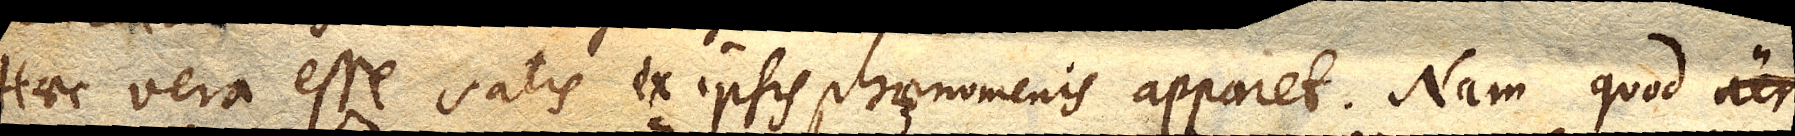
Haec vera esse satis ex ipsis phaenomenis apparet. Nam quod